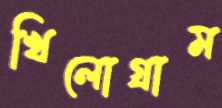
খিলোগ্রাম